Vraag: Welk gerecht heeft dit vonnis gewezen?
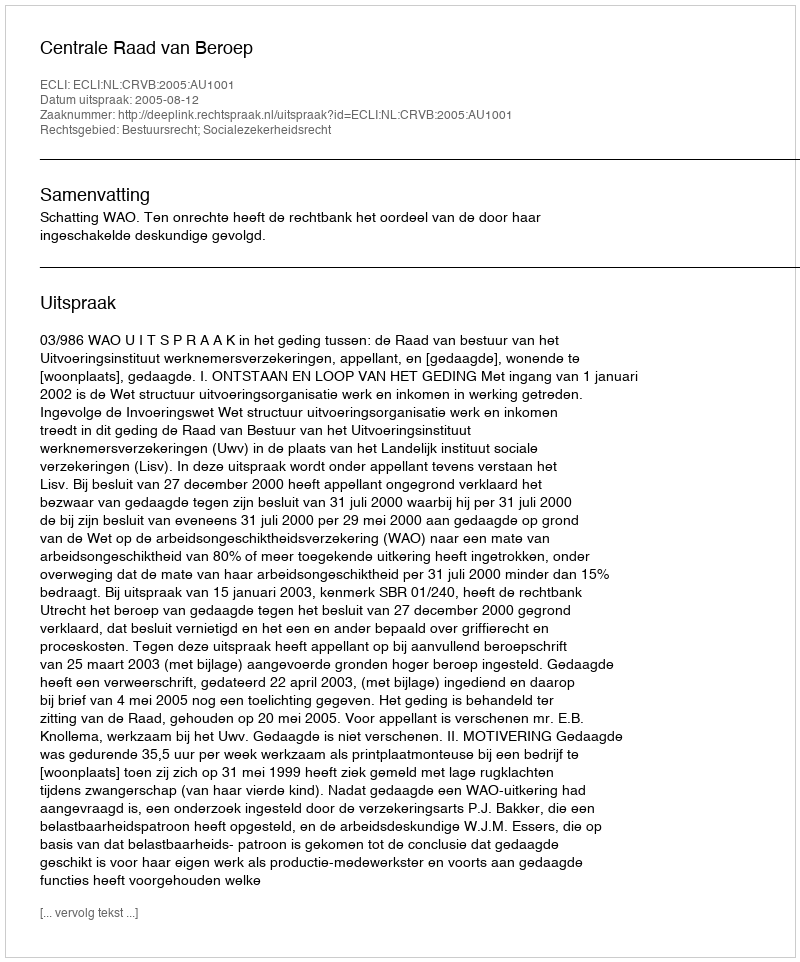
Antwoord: Centrale Raad van Beroep